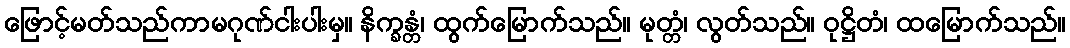
ဖြောင့်မတ်သည်ကာမဂုဏ်ငါးပါးမှ။ နိက္ခန္တံ၊ ထွက်မြောက်သည်။ မုတ္တံ၊ လွတ်သည်။ ဝုဋ္ဌိတံ၊ ထမြောက်သည်။